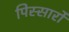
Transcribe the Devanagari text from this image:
पिस्सार्रो